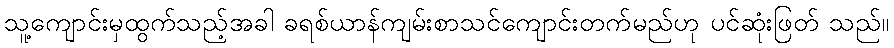
သူ့ကျောင်းမှထွက်သည့်အခါ ခရစ်ယာန်ကျမ်းစာသင်ကျောင်းတက်မည်ဟု ပင်ဆုံးဖြတ် သည်။